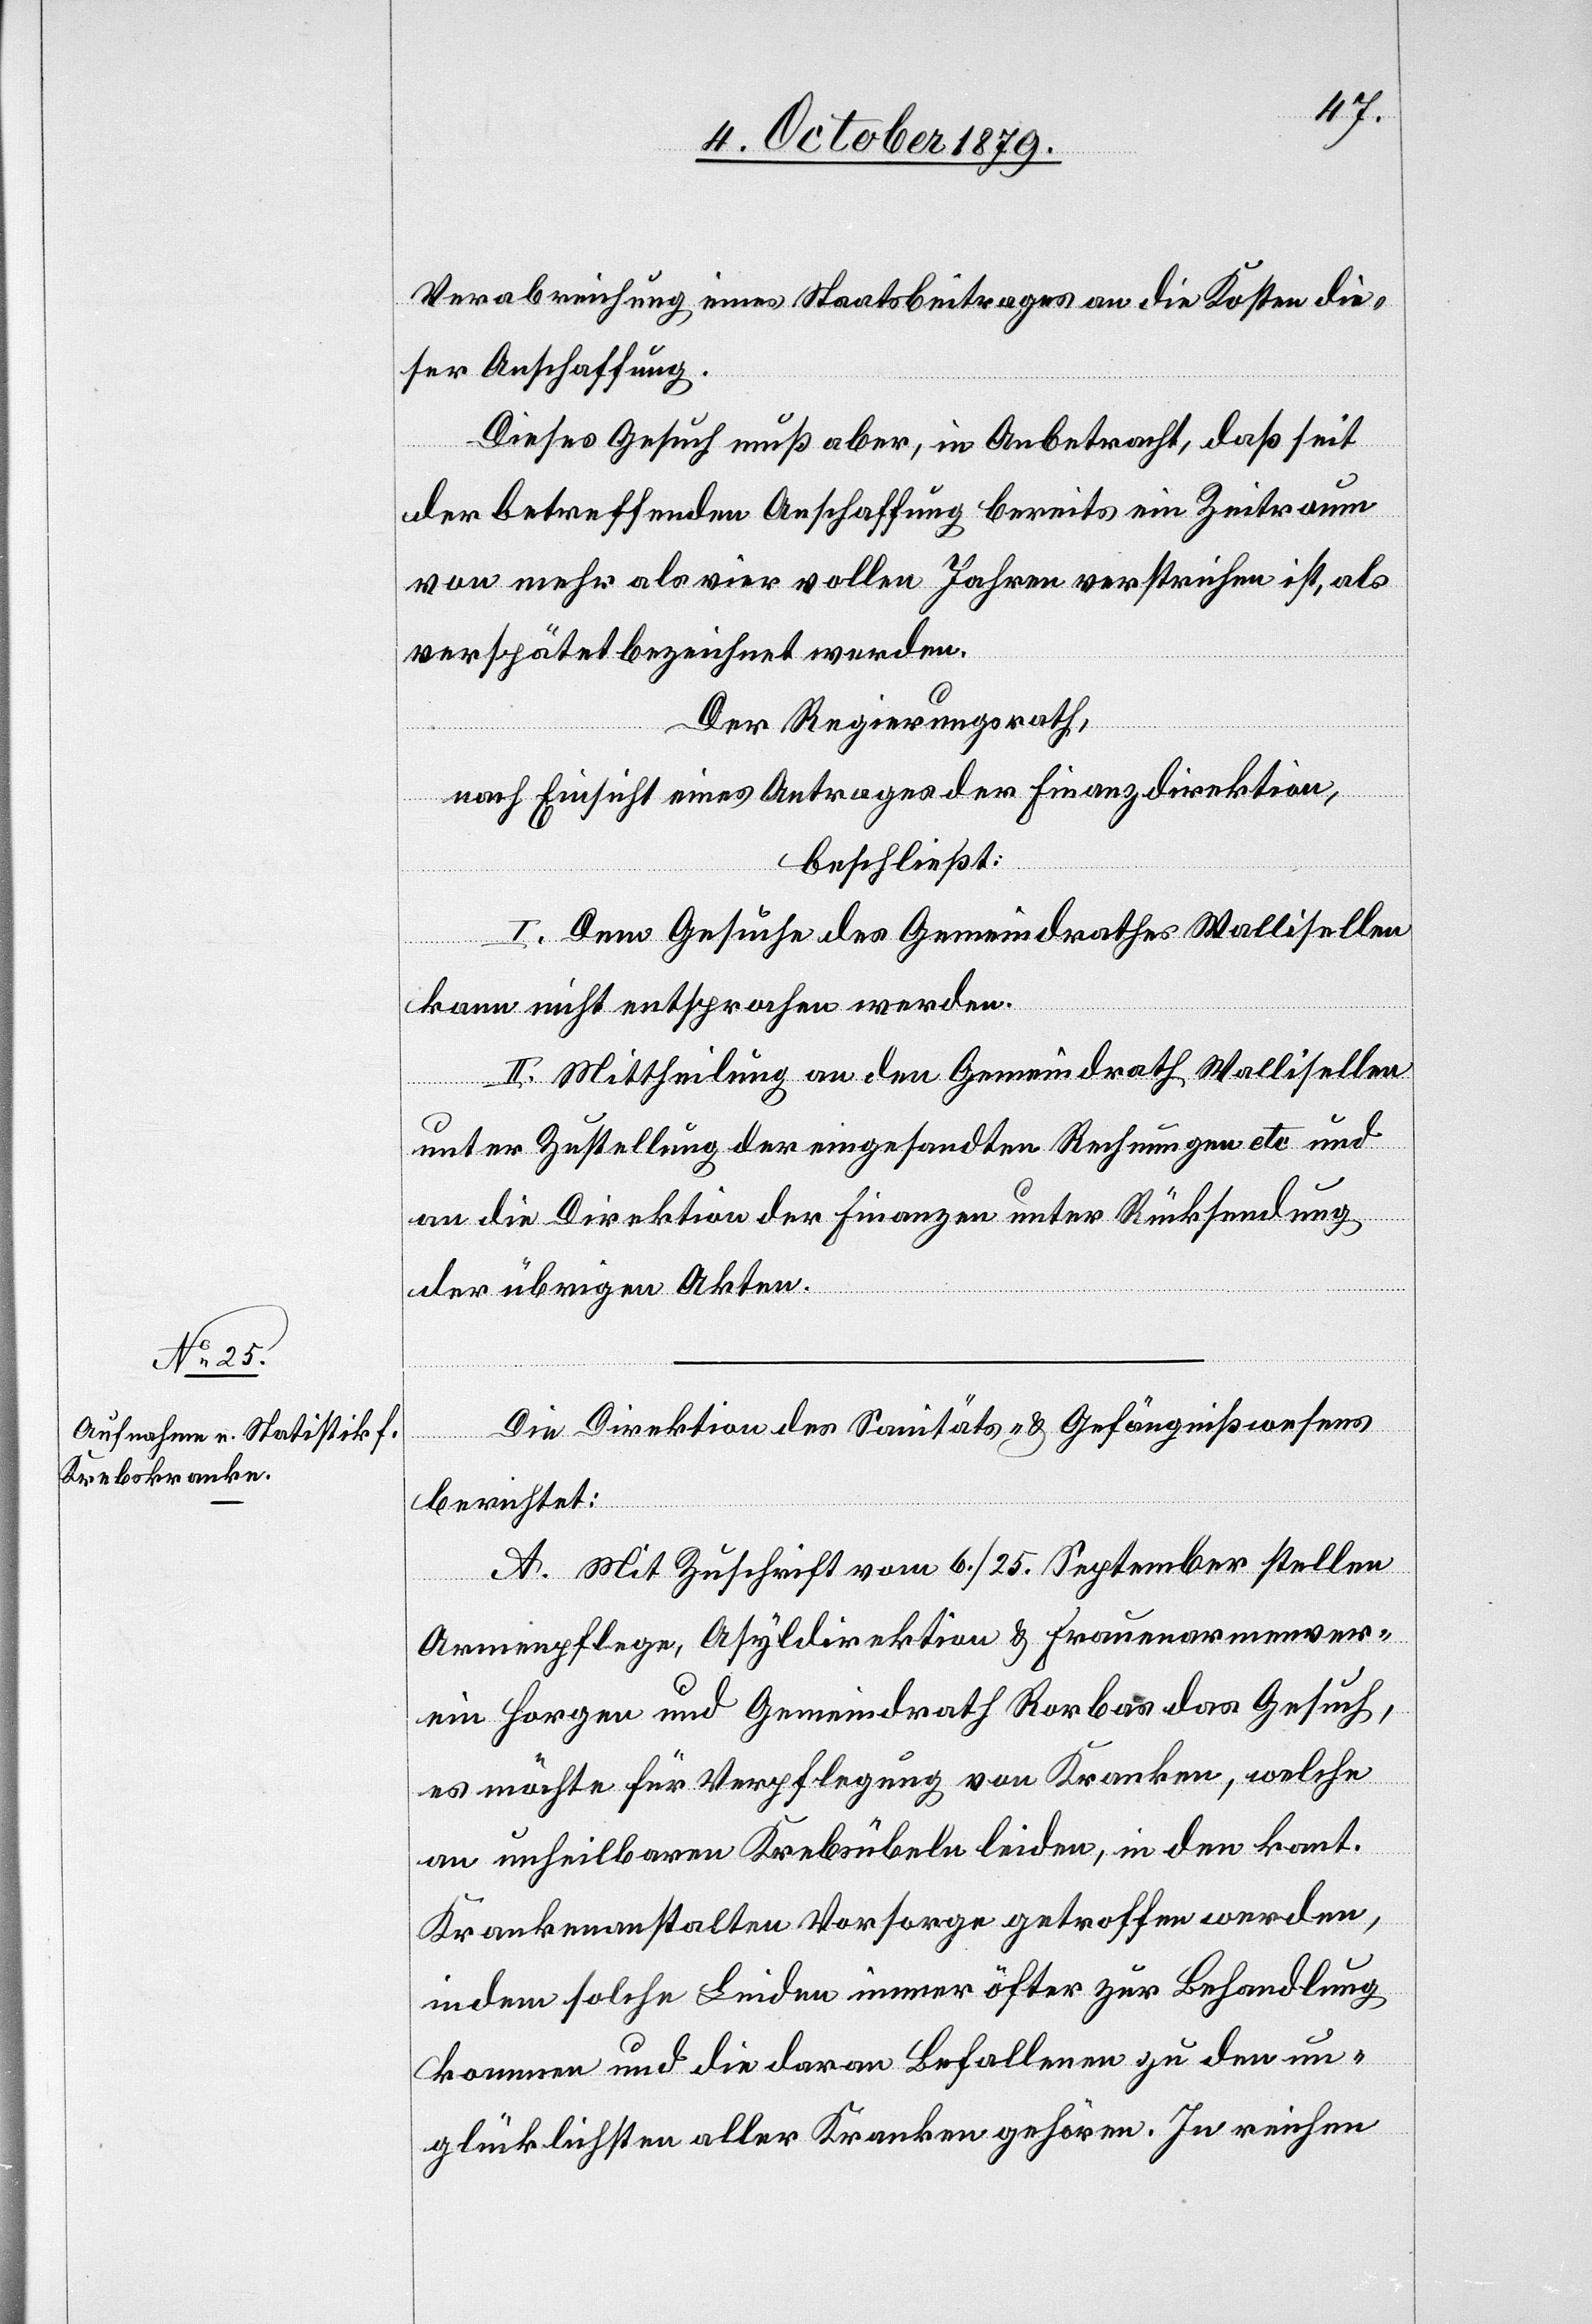
Verabreichung eines Staatsbeitrages an die Kosten die¬
ser Anschaffung.
Dieses Gesuch muss aber, in Anbetracht, daß seit
der betreffenden Anschaffung bereits ein Zeitraum
von mehr als vier vollen Jahren verstrichen ist, als
verspätet bezeichnet werden.
Der Regierungsrath,
nach Einsicht eines Antrages der Finanzdirektion,
beschließt:
I. Dem Gesuch des Gemeindrathes Wallisellen
kann nicht entsprochen werden.
II. Mittheilung an den Gemeindrath Wallisellen
unter Zustellung der eingesandten Rechnungen etc. und
an die Direktion der Finanzen unter Rücksendung
der übrigen Akten.
Die Direktion des Sanitäts- & Gefängnißwesens
berichtet:
A. Mit Zuschrift vom 6./25. September stellen
Armenpflege, Asyldirektion & Frauenarmenver¬
ein Horgen und Gemeindrath Rorbas das Gesuch,
es möchte für Verpflegung von Kranken, welche
an unheilbaren Krebsuebeln leiden, in den kant.
Krankenanstalten Vorsorge getroffen werden,
indem solche Leiden immer öfter zur Behandlung
kommen und die davon Befallenen zu den un¬
glücklichsten aller Kranken gehören. In reichen